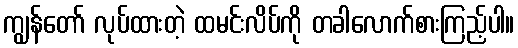
ကျွန်တော် လုပ်ထားတဲ့ ထမင်းလိပ်ကို တခါလောက်စားကြည့်ပါ။